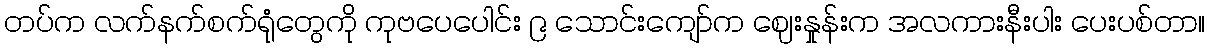
တပ်က လက်နက်စက်ရုံတွေကို ကုဗပေပေါင်း ၉ သောင်းကျော်က ဈေးနှုန်းက အလကားနီးပါး ပေးပစ်တာ။